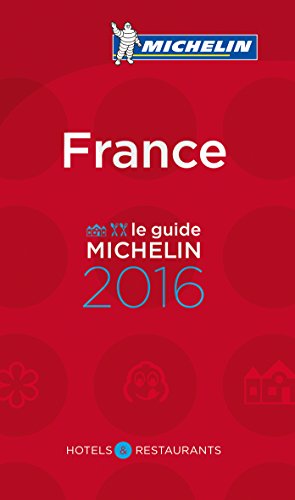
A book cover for MICHELIN Guide France 2016: Hotels & Restaurants (French Edition); Michelin Travel & Lifestyle; Travel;